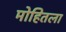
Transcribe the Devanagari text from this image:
मोहितला